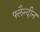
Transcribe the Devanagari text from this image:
फ्लैन्दीन